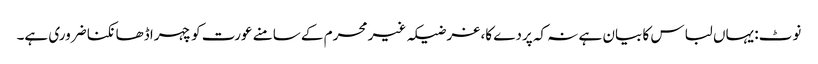
نوٹ: یہاں لباس کا بیان ہے نہ کہ پردے کا، غرضیکہ غیر محرم کے سامنے عورت کو چہرا ڈھانکنا ضروری ہے۔